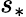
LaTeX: s_{*}